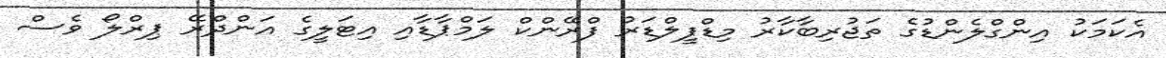
އެކަމަކު އިންގްލެންޑުގެ ތަޖުރިބާކާރު މިޑްފީލްޑަރު ފްރޭންކް ލަމްޕާޑާއި އިޓަލީގެ އަންދްރޭ ޕިރްލޯ ވެސް